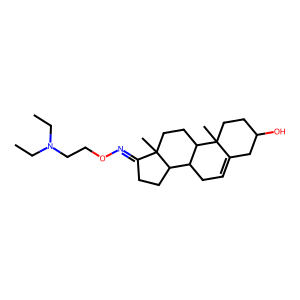
SMILES: CCN(CC)CCON=C1CCC2C3CC=C4CC(O)CCC4(C)C3CCC12C
Inhibits HIV replication: No